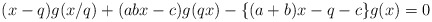
\begin{align*}(x-q)g(x/q)+(abx-c)g(qx)-\{ (a+b)x-q-c \}g(x)=0 \end{align*}